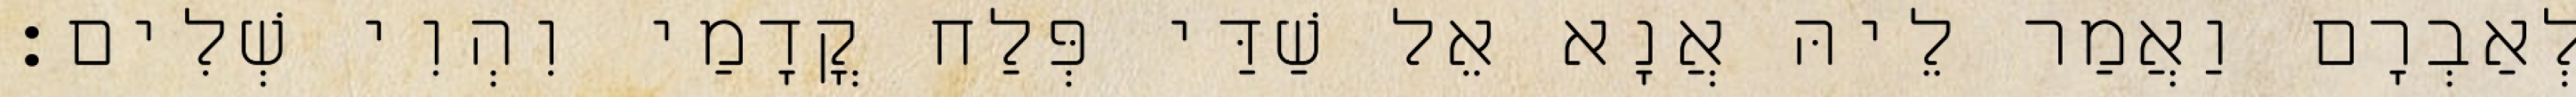
לְאַבְרָם וַאֲמַר לֵיהּ אֲנָא אֵל שַׁדַּי פְּלַח קֳדָמַי וִהְוִי שְׁלִים׃